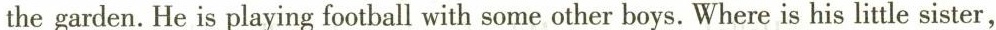
the garden.He is playing football with some other boys.Where is his little sister,